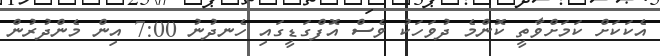
އެކަކަށް ކަމަށްވާތީ ކޮންމެ ދުވަހަކު ވެސް އޮފްގަޑީގައި ހެނދުނު 7:00 އިން މެންދުރުން